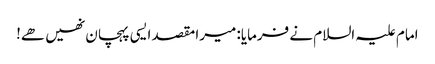
امام علیہ السلام نے فرمایا: میرا مقصد ایسی پہچان نھیں ھے!